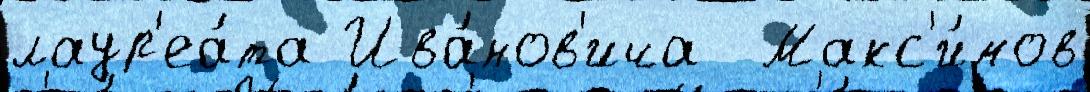
лаур'еа́та Ива́нов'ича  Макс'и́мов